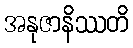
အနုဇာနိဿတိ